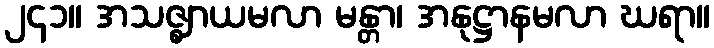
၂၄၁။ အသဇ္ဈာယမလာ မန္တာ၊ အနုဋ္ဌာနမလာ ဃရာ။